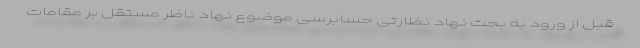
قبل از ورود به بحث نهاد نظارتی حسابرسی موضوع نهاد ناظر مستقل بر مقامات